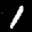
Label: 1